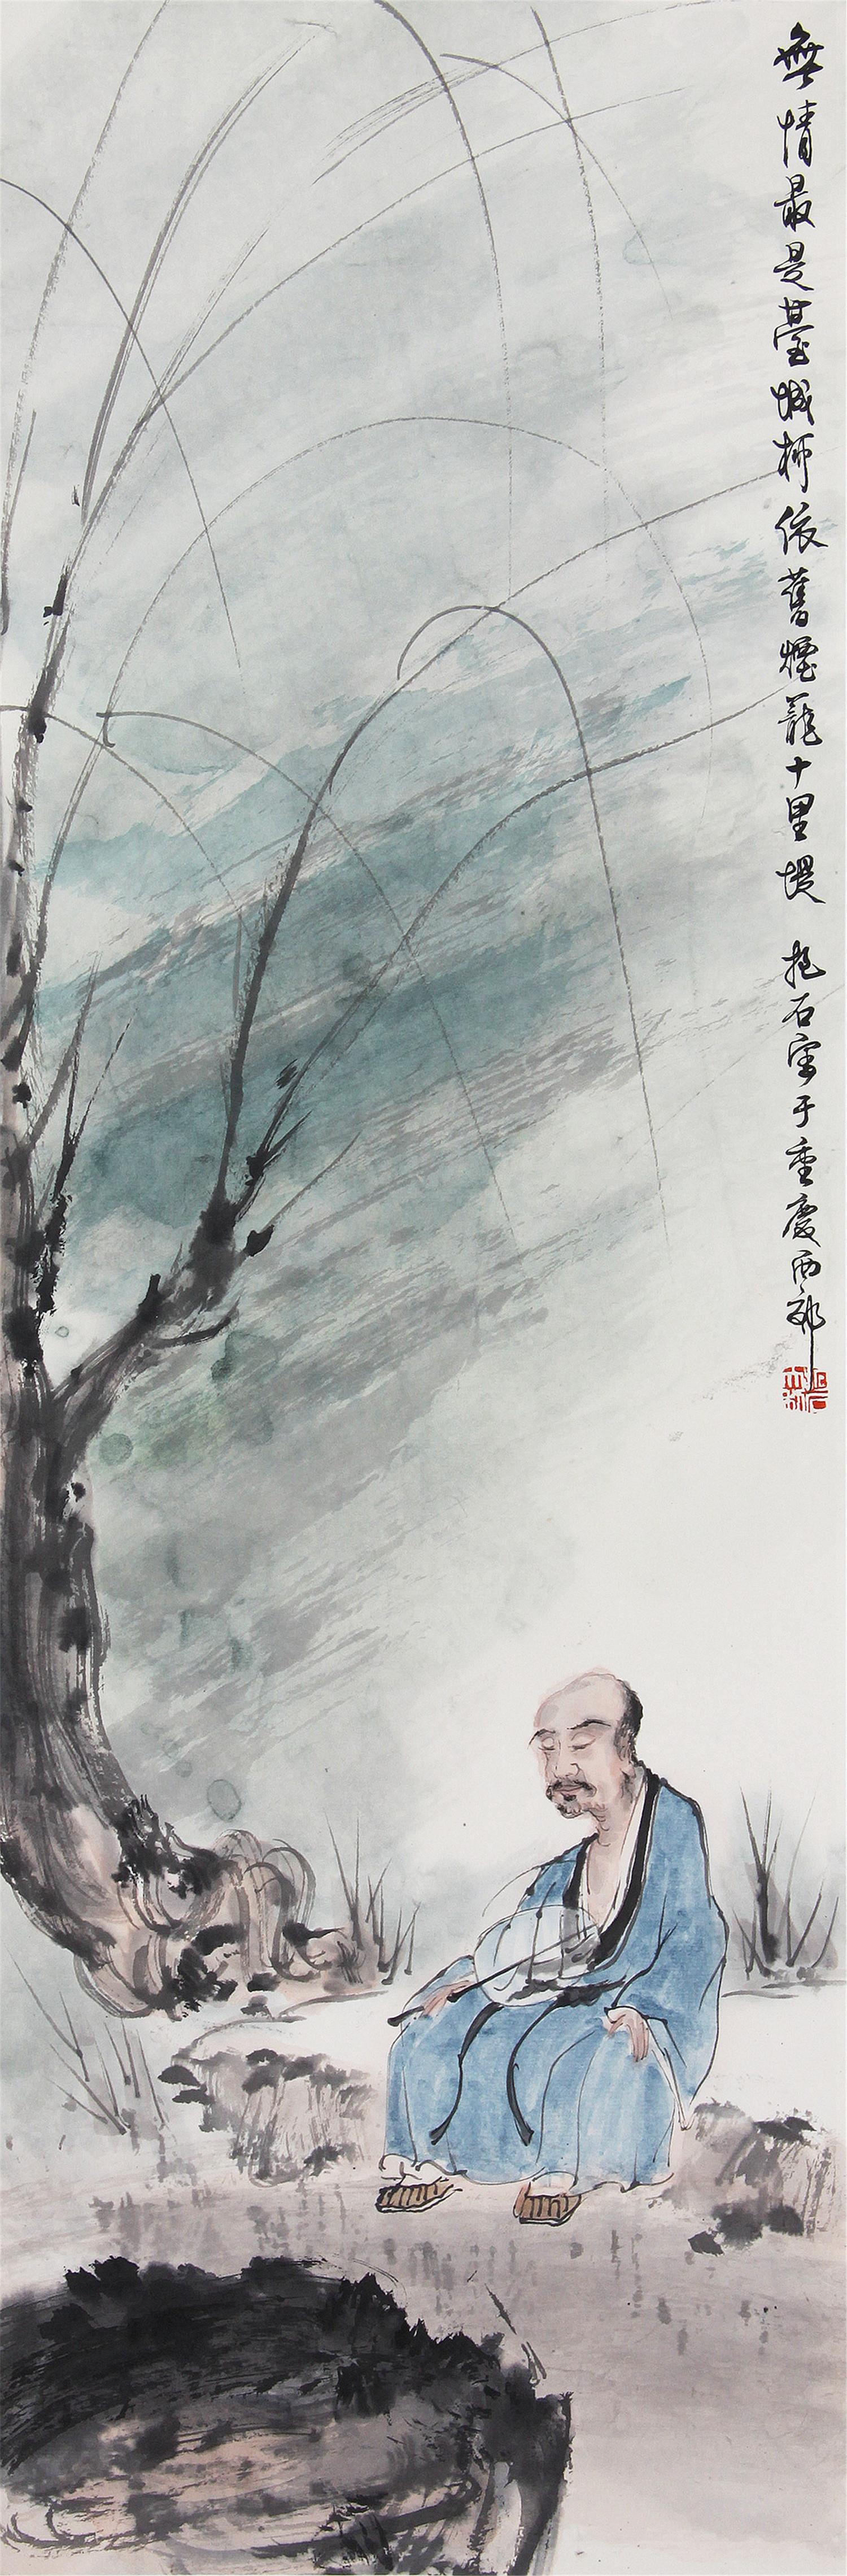
无情最是台城柳，依旧烟笼十里堤。